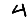
Digit: 4